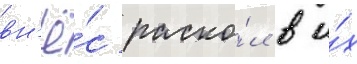
вн'ё́с раско́л в и́х